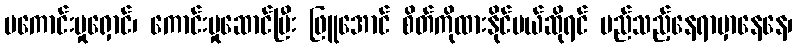
မကောင်းမှုရှောင်၊ ကောင်းမှုဆောင်ပြီး ဖြူအောင် စိတ်ကိုထားနိုင်မယ်ဆိုရင် မည်သည့်နေရာမှာနေနေ၊